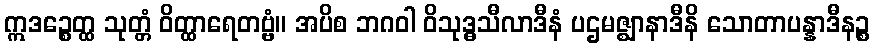
ဣဒဉ္စေတ္ထ သုတ္တံ ဝိတ္ထာရေတဗ္ဗံ။ အပိစ ဘဂဝါ ဝိသုဒ္ဓသီလာဒီနံ ပဌမဇ္ဈာနာဒီနိ သောတာပန္နာဒီနဉ္စ